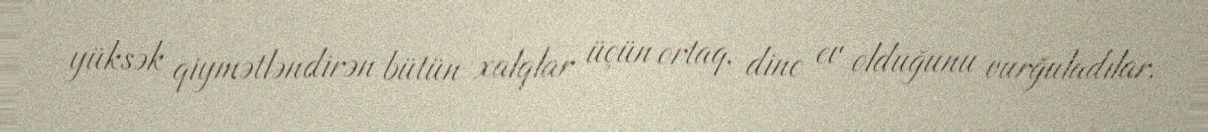
yüksək qiymətləndirən bütün xalqlar üçün ortaq, dinc ev olduğunu vurğuladılar.